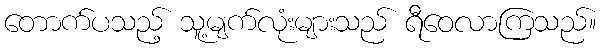
တောက်ပသည့် သူ့မျက်လုံးများသည် ရီဝေလာကြသည်။